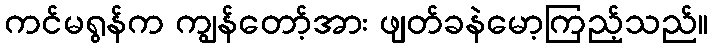
ကင်မရွန်က ကျွန်တော့်အား ဖျတ်ခနဲမော့ကြည့်သည်။